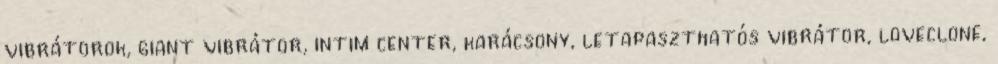
vibrátorok, giant vibrátor, intim center, karácsony, letapaszthatós vibrátor, loveclone,